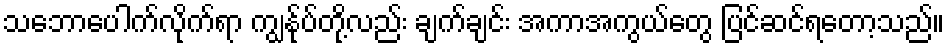
သဘောပေါက်လိုက်ရာ ကျွန်ုပ်တို့လည်း ချက်ချင်း အကာအကွယ်တွေ ပြင်ဆင်ရတော့သည်။